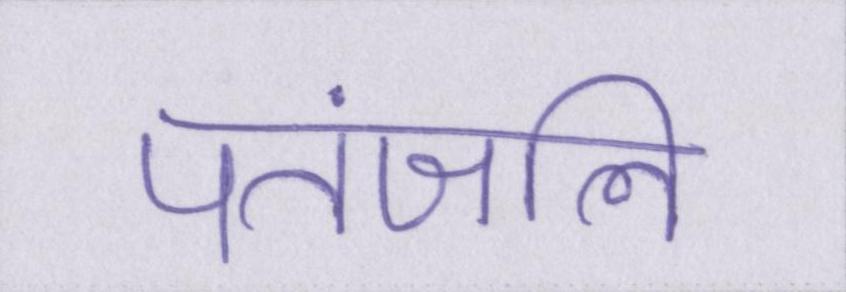
पतंजलि